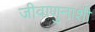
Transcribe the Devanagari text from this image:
जीवाणुनाशी